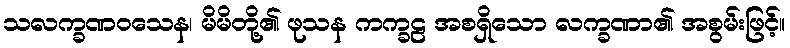
သလက္ခဏဝသေန၊ မိမိတို့၏ ဖုသန ကက္ခဠ အစရှိသော လက္ခဏာ၏ အစွမ်းဖြင့်။